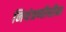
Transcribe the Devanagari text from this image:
नियंत्रणीधीन